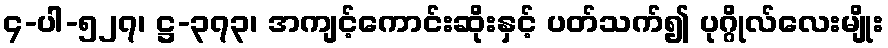
၄-ပါ-၅၂၇၊ ဋ္ဌ-၃၇၃၊ အကျင့်ကောင်းဆိုးနှင့် ပတ်သက်၍ ပုဂ္ဂိုလ်လေးမျိုး